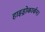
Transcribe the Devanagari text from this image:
हाइड्रोकार्बन।